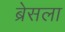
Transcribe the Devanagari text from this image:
ब्रेसला